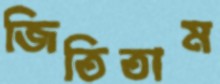
জিতিতাম